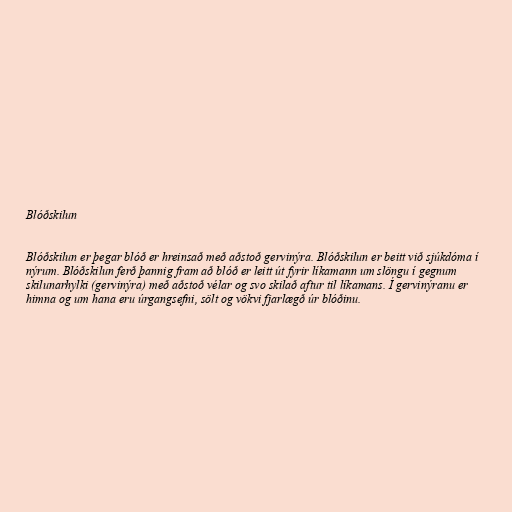
Blóðskilun

Blóðskilun er þegar blóð er hreinsað með aðstoð gervinýra. Blóðskilun er beitt við sjúkdóma í
nýrum. Blóðskilun ferð þannig fram að blóð er leitt út fyrir líkamann um slöngu í gegnum
skilunarhylki (gervinýra) með aðstoð vélar og svo skilað aftur til líkamans. Í gervinýranu er
himna og um hana eru úrgangsefni, sölt og vökvi fjarlægð úr blóðinu.